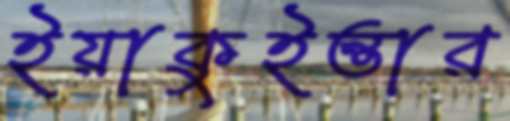
ইয়াকুইন্তার